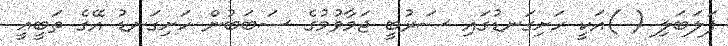
ފަލަބަލި ( )އަކީ ހަށިގަނޑުގައި ސަރުބީ ޖަމާވުމުގެ ސަބަބުން ހަށިގަނޑު އޭގެ ތަބީޢީ